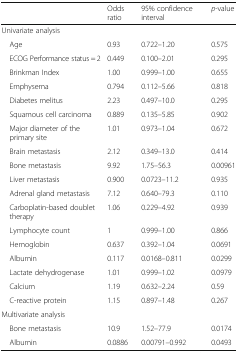
<table><thead><tr><td></td><td><b>Odds ratio</b></td><td><b>95% confidence interval</b></td><td><b><i>p</i>-value</b></td></tr></thead><tbody><tr><td colspan="4">Univariate analysis</td></tr><tr><td> Age</td><td>0.93</td><td>0.722–1.20</td><td>0.575</td></tr><tr><td> ECOG Performance status = 2</td><td>0.449</td><td>0.100–2.01</td><td>0.295</td></tr><tr><td> Brinkman Index</td><td>1.00</td><td>0.999–1.00</td><td>0.655</td></tr><tr><td> Emphysema</td><td>0.794</td><td>0.112–5.66</td><td>0.818</td></tr><tr><td> Diabetes melitus</td><td>2.23</td><td>0.497–10.0</td><td>0.295</td></tr><tr><td> Squamous cell carcinoma</td><td>0.889</td><td>0.135–5.85</td><td>0.902</td></tr><tr><td> Major diameter of the primary site</td><td>1.01</td><td>0.973–1.04</td><td>0.672</td></tr><tr><td> Brain metastasis</td><td>2.12</td><td>0.349–13.0</td><td>0.414</td></tr><tr><td> Bone metastasis</td><td>9.92</td><td>1.75–56.3</td><td>0.00961</td></tr><tr><td> Liver metastasis</td><td>0.900</td><td>0.0723–11.2</td><td>0.935</td></tr><tr><td> Adrenal gland metastasis</td><td>7.12</td><td>0.640–79.3</td><td>0.110</td></tr><tr><td> Carboplatin-based doublet therapy</td><td>1.06</td><td>0.229–4.92</td><td>0.939</td></tr><tr><td> Lymphocyte count</td><td>1</td><td>0.999–1.00</td><td>0.866</td></tr><tr><td> Hemoglobin</td><td>0.637</td><td>0.392–1.04</td><td>0.0691</td></tr><tr><td> Albumin</td><td>0.117</td><td>0.0168–0.811</td><td>0.0299</td></tr><tr><td> Lactate dehydrogenase</td><td>1.01</td><td>0.999–1.02</td><td>0.0979</td></tr><tr><td> Calcium</td><td>1.19</td><td>0.632–2.24</td><td>0.59</td></tr><tr><td> C-reactive protein</td><td>1.15</td><td>0.897–1.48</td><td>0.267</td></tr><tr><td colspan="4">Multivariate analysis</td></tr><tr><td> Bone metastasis</td><td>10.9</td><td>1.52–77.9</td><td>0.0174</td></tr><tr><td> Albumin</td><td>0.0886</td><td>0.00791–0.992</td><td>0.0493</td></tr></tbody></table>